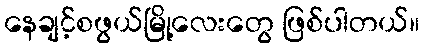
နေချင့်စဖွယ်မြို့လေးတွေ ဖြစ်ပါတယ်။